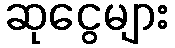
ဆုငွေများ